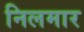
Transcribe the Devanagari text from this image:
निलमार